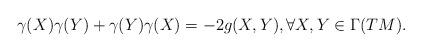
LaTeX: \begin{align*} \gamma(X)\gamma(Y)+\gamma(Y)\gamma(X)=-2g(X,Y), \forall X,Y\in\Gamma(TM).\end{align*}